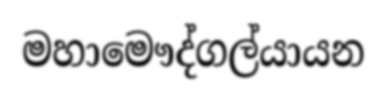
මහාමෞද්ගල්යායන